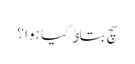
سچ بتاﺅ کیا ہوا ؟